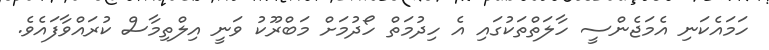
ހަމައެކަނި އެމަޖެންސީ ހާލަތްތަކުގައި އެ ހިދުމަތް ހޯދުމަށް މަބްރޫކު ވަނީ އިލްތިމާސް ކުރައްވާފައެވެ.